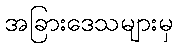
အခြားဒေသများမှ